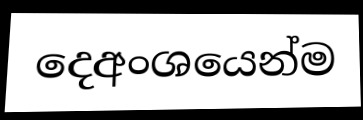
දෙඅංශයෙන්ම